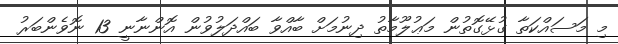
މި މަސައްކަތާ ގުޅޭގޮތުން މަޢުލޫމާތު ދިނުމަށް ބާއްވާ ބައްދަލުވުން އޮންނާނީ 13 ނޮވެންބަރު